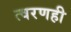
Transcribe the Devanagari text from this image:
त्वरणही